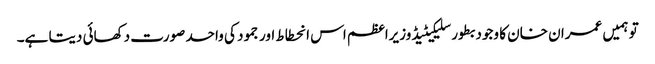
تو ہمیں عمران خان کا وجود بطور سلیکیٹیڈ وزیراعظم اس انحطاط اور جمود کی واحد صورت دکھائی دیتا ہے۔